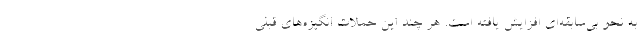
به نحو بی‌سابقه‌ای افزایش یافته است. هر چند این حملات انگیزه‌های قبلی